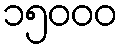
၁၅၀၀၀